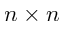
n \times n